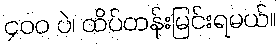
၄၀၀ ပဲ၊ ထိပ်တန်းမြင်းရမယ်။